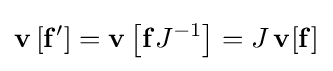
\mathbf {v} \left[\mathbf {f} '\right]=\mathbf {v} \left[\mathbf {f} J^{-1}\right]=J\,\mathbf {v} [\mathbf {f} ]